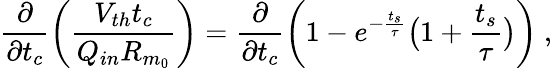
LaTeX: \frac{\partial}{\partial t_{c}}\bigg(\frac{V_{th}t_{c}}{Q_{in}R_{m_{0}}}\bigg)=\frac{\partial}{\partial t_{c}}\bigg(1-e^{-\frac{t_{s}}{\tau}}\big(1+\frac{t_{s}}{\tau}\big)\bigg)~,